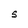
Character: S